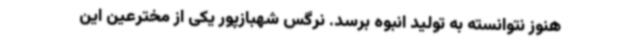
هنوز نتوانسته به تولید انبوه برسد. نرگس شهبازپور یکی از مخترعین این